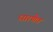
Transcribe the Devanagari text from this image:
धारणेत